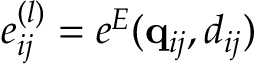
e _ { i j } ^ { ( l ) } = e ^ { E } ( \mathbf { q } _ { i j } , d _ { i j } )